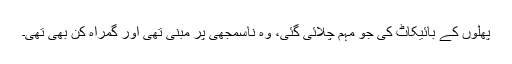
پھلوں کے بائیکاٹ کی جو مہم چلائی گئی، وہ ناسمجھی پر مبنی تھی اور گمراہ کن بھی تھی۔